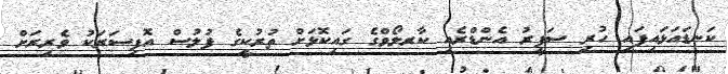
ކަނޑައަޅައިފައި ހުރި ސަފީރު އެންޑްރެއި ކާރލޯވްގެ ގައިކޮޅަށް ތުރުކީގެ ފުލުސް އޮފިސަރަކު ވެރިރަށް